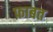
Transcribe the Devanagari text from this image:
फ़ाबत